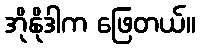
အိုနိုဒါက ဖြေတယ်။